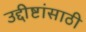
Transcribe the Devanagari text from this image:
उद्दीष्टांसाठी